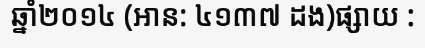
ឆ្នាំ២០១៤ (អាន: ៤១៣៧ ដង)ផ្សាយ :